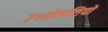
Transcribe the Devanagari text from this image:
उध्योग्पतियो